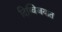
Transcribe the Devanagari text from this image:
दिग्विजयात